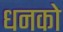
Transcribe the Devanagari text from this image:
धनको